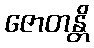
ဇောတန္တိ